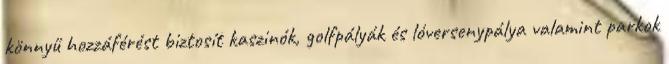
könnyű hozzáférést biztosít kaszinók, golfpályák és lóversenypálya valamint parkok